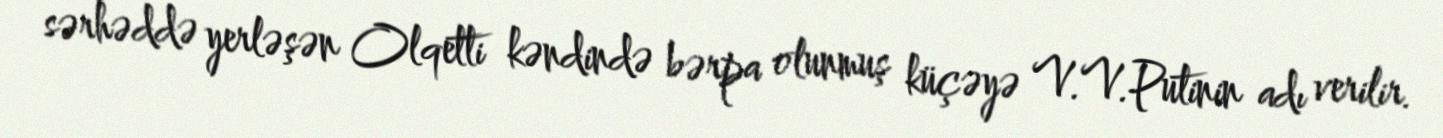
sərhəddə yerləşən Olqetti kəndində bərpa olunmuş küçəyə V.V.Putinin adı verilir.